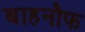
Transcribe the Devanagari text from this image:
बाहनौफ